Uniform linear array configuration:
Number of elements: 16
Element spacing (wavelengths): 0.75
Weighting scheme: hann
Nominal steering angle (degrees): -15
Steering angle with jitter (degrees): -14.382
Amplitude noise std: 0.05
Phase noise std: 0.05

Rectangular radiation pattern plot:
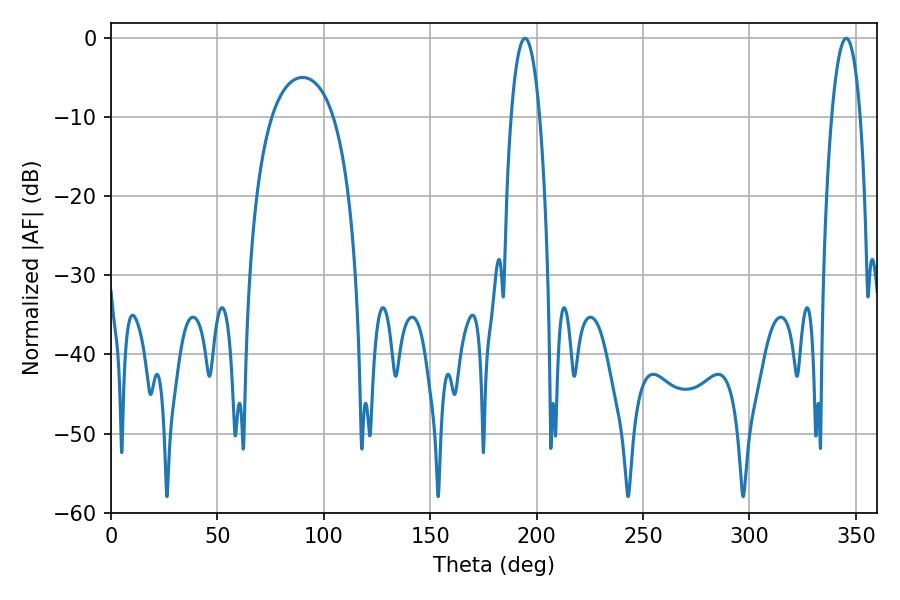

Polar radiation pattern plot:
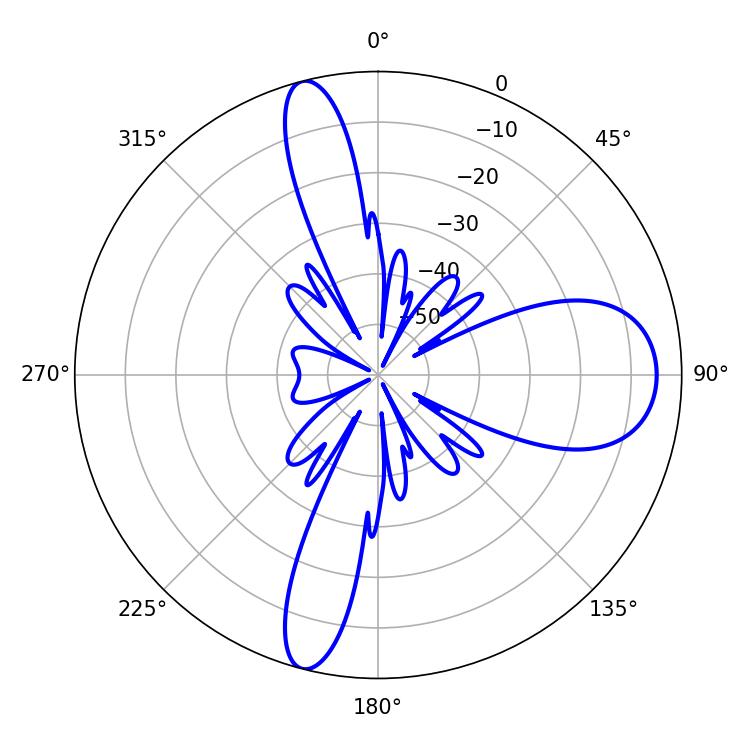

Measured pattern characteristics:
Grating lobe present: TRUE
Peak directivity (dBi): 15.297
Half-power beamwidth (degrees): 7.56
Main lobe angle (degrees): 194.58